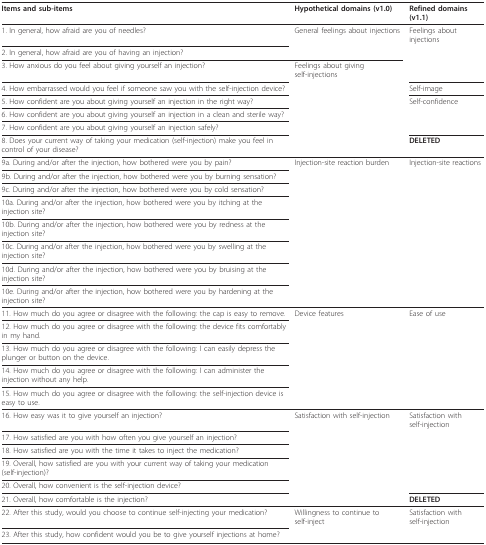
| Items and sub-items | Hypothetical domains (v1.0) | Refined domains (v1.1) |
 | --- | --- | --- |
 | 1. In general, how afraid are you of needles? | General feelings about injections | Feelings about injections |
 | 2. In general, how afraid are you of having an injection? |  |  |
 | 3. How anxious do you feel about giving yourself an injection? | Feelings about giving self-injections |  |
 | 4. How embarrassed would you feel if someone saw you with the self-injection device? |  | Self-image |
 | 5. How confident are you about giving yourself an injection in the right way? |  | Self-confidence |
 | 6. How confident are you about giving yourself an injection in a clean and sterile way? |  |  |
 | 7. How confident are you about giving yourself an injection safely? |  |  |
 | 8. Does your current way of taking your medication (self-injection) make you feel in control of your disease? |  | DELETED |
 | 9a. During and/or after the injection, how bothered were you by pain? | Injection-site reaction burden | Injection-site reactions |
 | 9b. During and/or after the injection, how bothered were you by burning sensation? |  |  |
 | 9c. During and/or after the injection, how bothered were you by cold sensation? |  |  |
 | 10a. During and/or after the injection, how bothered were you by itching at the injection site? |  |  |
 | 10b. During and/or after the injection, how bothered were you by redness at the injection site? |  |  |
 | 10c. During and/or after the injection, how bothered were you by swelling at the injection site? |  |  |
 | 10d. During and/or after the injection, how bothered were you by bruising at the injection site? |  |  |
 | 10e. During and/or after the injection, how bothered were you by hardening at the injection site? |  |  |
 | 11. How much do you agree or disagree with the following: the cap is easy to remove. | Device features | Ease of use |
 | 12. How much do you agree or disagree with the following: the device fits comfortably in my hand. |  |  |
 | 13. How much do you agree or disagree with the following: I can easily depress the plunger or button on the device. |  |  |
 | 14. How much do you agree or disagree with the following: I can administer the injection without any help. |  |  |
 | 15. How much do you agree or disagree with the following: the self-injection device is easy to use. |  |  |
 | 16. How easy was it to give yourself an injection? | Satisfaction with self-injection | Satisfaction with self-injection |
 | 17. How satisfied are you with how often you give yourself an injection? |  |  |
 | 18. How satisfied are you with the time it takes to inject the medication? |  |  |
 | 19. Overall, how satisfied are you with your current way of taking your medication (self-injection)? |  |  |
 | 20. Overall, how convenient is the self-injection device? |  |  |
 | 21. Overall, how comfortable is the injection? |  | DELETED |
 | 22. After this study, would you choose to continue self-injecting your medication? | Willingness to continue to self-inject | Satisfaction with self-injection |
 | 23. After this study, how confident would you be to give yourself injections at home? |  |  |